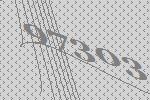
97303